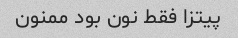
پیتزا فقط نون بود ممنون